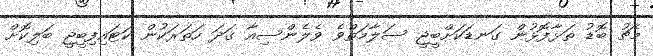
މެޗު ބޮޑު ތަޅާފޮޅުން ގަނޑަކަށްބީޖީ ސަލާމަތްވެ ވެލެންސިއާ ގަދަ ހަތަރަކުން ކަޓައިފިބީޖީ ބަލިކޮށް